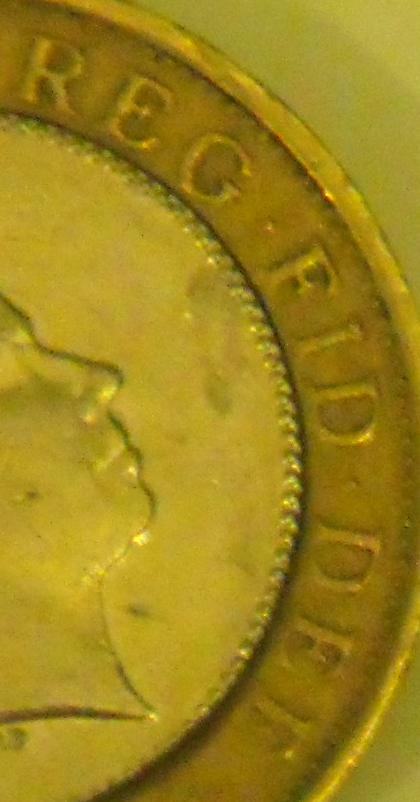
REG FID DEE